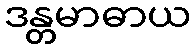
ဒန္တမာဓာယ